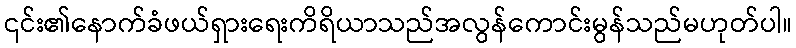
၎င်း၏နောက်ခံဖယ်ရှားရေးကိရိယာသည်အလွန်ကောင်းမွန်သည်မဟုတ်ပါ။